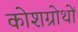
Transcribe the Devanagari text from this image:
कोशग्रोथों